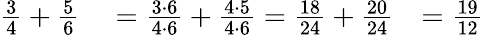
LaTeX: \begin{array}{rlr}{{\frac{3}{4}}+{\frac{5}{6}}}&{{}={\frac{3\cdot 6}{4\cdot 6}}+{\frac{4\cdot 5}{4\cdot 6}}={\frac{18}{24}}+{\frac{20}{24}}}&{={\frac{19}{12}}}\end{array}